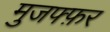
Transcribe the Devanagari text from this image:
मुजफ्फ़र